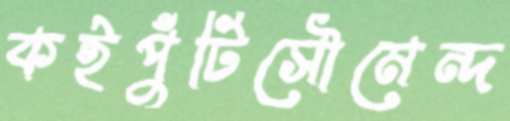
কইপুঁটিসৌমেন্দ